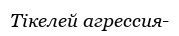
Тікелей агрессия-